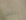
يصف